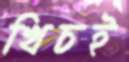
খিচই